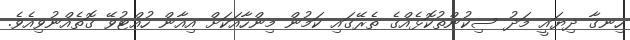
ހިނގާ ދިޔައީ މަދު ސިކުންތުކޮޅެއްގެ ތެރޭގައި ކަމުން މިންހާއަކަށް އިއާން ހުއްޓުވޭ ގޮތެއްނުވިއެވެ.